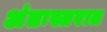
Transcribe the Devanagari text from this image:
अंतःस्तरात